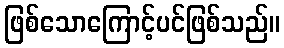
ဖြစ်သောကြောင့်ပင်ဖြစ်သည်။